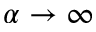
\alpha \to \infty